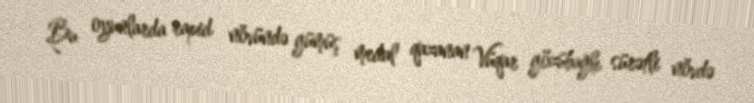
Bu oyunlarda rapid növündə gümüş medal qazanan Vüqar gözübağlı sürətli növdə